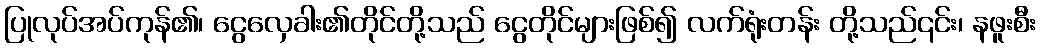
ပြုလုပ်အပ်ကုန်၏၊ ငွေလှေခါး၏တိုင်တို့သည် ငွေတိုင်များဖြစ်၍ လက်ရုံးတန်း တို့သည်၎င်း၊ နဖူးစီး